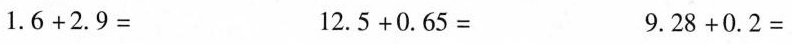
$$1 . 6 + 2 . 9 =$$ $$1 2 . 5 + 0 . 6 5 =$$ $$9 . 2 8 + 0 . 2 =$$